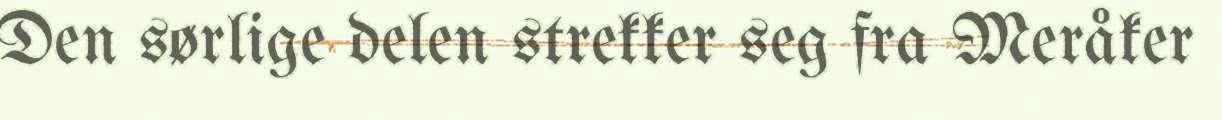
Den sørlige delen strekker seg fra Meråker